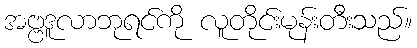
အဗ္ဗဒူလာဘုရင်ကို လူတိုင်းမုန်းတီးသည်။